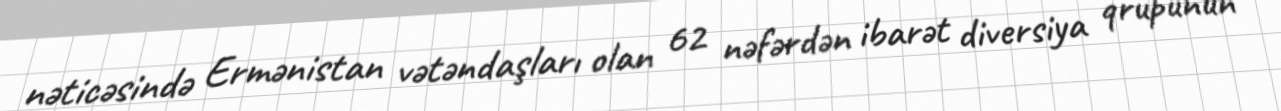
nəticəsində Ermənistan vətəndaşları olan 62 nəfərdən ibarət diversiya qrupunun